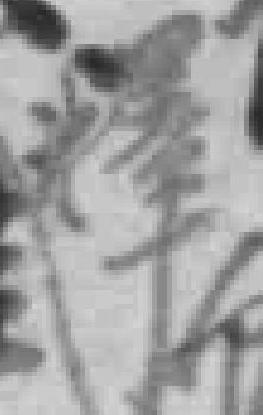
释